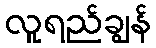
လူရည်ချွန်